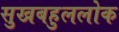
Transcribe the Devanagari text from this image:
सुखबहुललोक